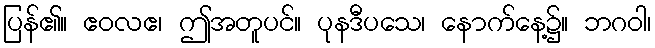
ပြန်၏။ ဧဝလဧ၊ ဤအတူပင်။ ပုနဒီပသေ၊ နောက်နေ့၌။ ဘဂဝါ၊